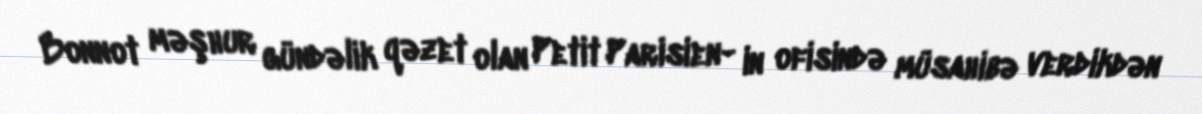
Bonnot məşhur gündəlik qəzet olan Petit Parisien- in ofisində müsahibə verdikdən